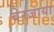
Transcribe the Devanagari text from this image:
बेरजाया